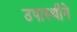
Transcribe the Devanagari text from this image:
उपास्थीने